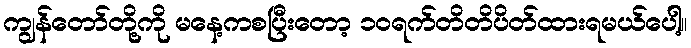
ကျွန်တော်တို့ကို မနေ့ကစပြီးတော့ ၁၀ရက်တိတိပိတ်ထားရမယ်ပေါ့။